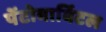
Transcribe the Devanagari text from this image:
पेंटोबार्बिटल